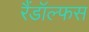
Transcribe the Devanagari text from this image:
रैंडॉल्फस